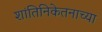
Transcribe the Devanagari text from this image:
शांतिनिकेतनाच्या